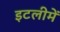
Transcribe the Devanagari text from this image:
इटलीमें